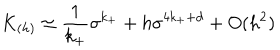
K _ { ( h ) } \simeq { \frac { 1 } { k _ { + } } } \sigma ^ { k _ { + } } + h \sigma ^ { 4 k _ { + } + d } + O ( h ^ { 2 } )